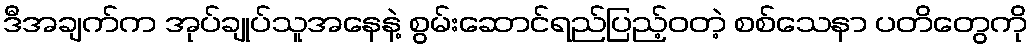
ဒီအချက်က အုပ်ချုပ်သူအနေနဲ့ စွမ်းဆောင်ရည်ပြည့်ဝတဲ့ စစ်သေနာ ပတိတွေကို